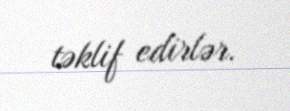
təklif edirlər.